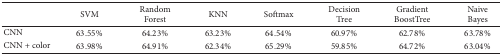
|  | SVM | Random Forest | KNN | Softmax | Decision Tree | Gradient BoostTree | Naive Bayes |
 | --- | --- | --- | --- | --- | --- | --- | --- |
 | CNN | 63.55% | 64.23% | 63.23% | 64.54% | 60.97% | 62.78% | 63.78% |
 | CNN + color | 63.98% | 64.91% | 62.34% | 65.29% | 59.85% | 64.72% | 63.04% |